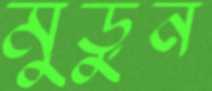
মুড়ুন